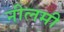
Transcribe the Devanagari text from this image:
नीलमी